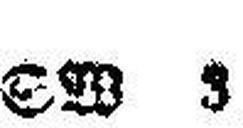
SW 3